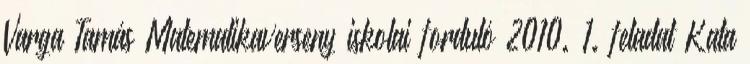
Varga Tamás Matematikaverseny iskolai forduló 2010. 1. feladat Kata